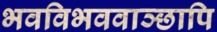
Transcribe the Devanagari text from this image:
भवविभववाञ्छापि